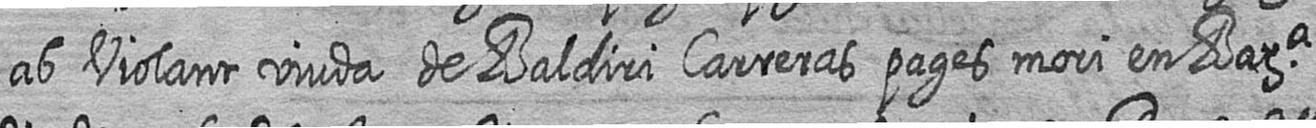
ab Violant viuda de Baldiri Carreras pages mori en Bara